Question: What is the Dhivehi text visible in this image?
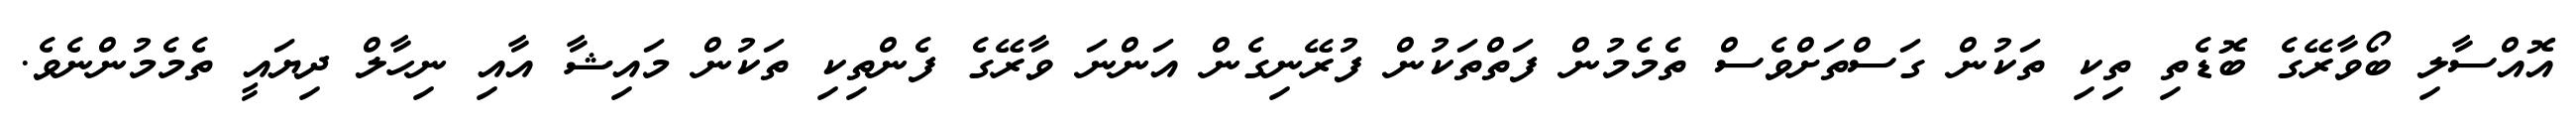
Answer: އޮއްސާލި ބޯވާރޭގެ ބޮޑެތި ތިކި ތަކުން ގަސްތަށްވެސް ތެމެމުން ފަތްތަކުން ފުރޭނިގެން އަންނަ ވާރޭގެ ފެންތިކި ތަކުން މައިޝާ އާއި ނިހާލް ދިޔައީ ތެމެމުންނެވެ.